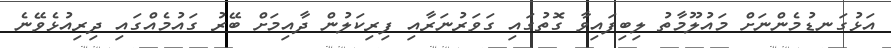
އަޅުގަނޑުމެންނަށް މައުލޫމާތު ލިބިފައިވާ ގޮތުގައި ގަވަރުނަރާއި ފިރިކަލުން ދާއިމަށް ބޭރު ގައުމެއްގައި ދިރިއުޅެވޭނެ